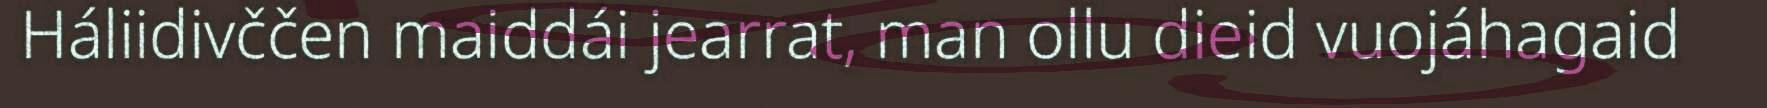
Háliidivččen maiddái jearrat, man ollu dieid vuojáhagaid